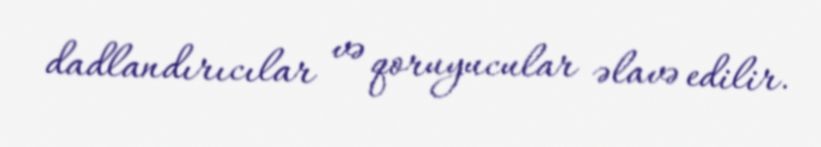
dadlandırıcılar və qoruyucular əlavə edilir.